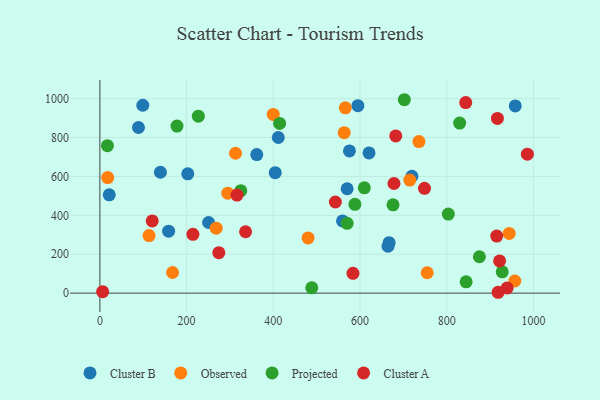
{"axis": {"x": "Investment", "y": "Rating"}, "legend": ["Cluster A", "Cluster B", "Observed", "Projected"], "data": [{"x": "411.5", "y": 800.1, "type": "Cluster B"}, {"x": "575.6", "y": 730.9, "type": "Cluster B"}, {"x": "139.6", "y": 621.4, "type": "Cluster B"}, {"x": "664.6", "y": 241.0, "type": "Cluster B"}, {"x": "158.5", "y": 318.6, "type": "Cluster B"}, {"x": "570.3", "y": 536.7, "type": "Cluster B"}, {"x": "250.7", "y": 363.2, "type": "Cluster B"}, {"x": "404.4", "y": 619.4, "type": "Cluster B"}, {"x": "667.1", "y": 259.6, "type": "Cluster B"}, {"x": "361.8", "y": 712.5, "type": "Cluster B"}, {"x": "21.6", "y": 505.6, "type": "Cluster B"}, {"x": "958.0", "y": 962.7, "type": "Cluster B"}, {"x": "719.7", "y": 601.0, "type": "Cluster B"}, {"x": "620.7", "y": 721.0, "type": "Cluster B"}, {"x": "99.0", "y": 965.9, "type": "Cluster B"}, {"x": "202.7", "y": 613.3, "type": "Cluster B"}, {"x": "595.1", "y": 964.0, "type": "Cluster B"}, {"x": "559.6", "y": 371.0, "type": "Cluster B"}, {"x": "89.0", "y": 851.6, "type": "Cluster B"}, {"x": "480.2", "y": 284.0, "type": "Observed"}, {"x": "566.1", "y": 952.8, "type": "Observed"}, {"x": "295.0", "y": 514.1, "type": "Observed"}, {"x": "312.8", "y": 719.2, "type": "Observed"}, {"x": "714.8", "y": 581.4, "type": "Observed"}, {"x": "399.8", "y": 918.8, "type": "Observed"}, {"x": "113.4", "y": 295.9, "type": "Observed"}, {"x": "167.6", "y": 106.2, "type": "Observed"}, {"x": "735.9", "y": 779.1, "type": "Observed"}, {"x": "944.1", "y": 307.0, "type": "Observed"}, {"x": "18.0", "y": 594.1, "type": "Observed"}, {"x": "563.5", "y": 825.0, "type": "Observed"}, {"x": "268.2", "y": 333.9, "type": "Observed"}, {"x": "957.0", "y": 62.3, "type": "Observed"}, {"x": "755.0", "y": 104.7, "type": "Observed"}, {"x": "928.0", "y": 109.8, "type": "Projected"}, {"x": "588.2", "y": 456.7, "type": "Projected"}, {"x": "17.4", "y": 758.1, "type": "Projected"}, {"x": "227.1", "y": 910.0, "type": "Projected"}, {"x": "676.1", "y": 454.2, "type": "Projected"}, {"x": "570.3", "y": 358.8, "type": "Projected"}, {"x": "875.4", "y": 187.1, "type": "Projected"}, {"x": "702.2", "y": 994.4, "type": "Projected"}, {"x": "609.9", "y": 541.4, "type": "Projected"}, {"x": "324.9", "y": 526.9, "type": "Projected"}, {"x": "829.8", "y": 874.4, "type": "Projected"}, {"x": "844.7", "y": 58.1, "type": "Projected"}, {"x": "177.8", "y": 859.0, "type": "Projected"}, {"x": "414.5", "y": 872.8, "type": "Projected"}, {"x": "488.7", "y": 27.2, "type": "Projected"}, {"x": "803.6", "y": 406.4, "type": "Projected"}, {"x": "6.3", "y": 7.6, "type": "Cluster A"}, {"x": "986.0", "y": 714.4, "type": "Cluster A"}, {"x": "921.9", "y": 165.7, "type": "Cluster A"}, {"x": "120.7", "y": 371.5, "type": "Cluster A"}, {"x": "748.7", "y": 539.0, "type": "Cluster A"}, {"x": "682.4", "y": 808.4, "type": "Cluster A"}, {"x": "336.0", "y": 315.5, "type": "Cluster A"}, {"x": "915.3", "y": 293.2, "type": "Cluster A"}, {"x": "843.8", "y": 979.9, "type": "Cluster A"}, {"x": "543.1", "y": 468.6, "type": "Cluster A"}, {"x": "316.2", "y": 504.0, "type": "Cluster A"}, {"x": "214.6", "y": 302.1, "type": "Cluster A"}, {"x": "918.5", "y": 4.4, "type": "Cluster A"}, {"x": "274.3", "y": 208.0, "type": "Cluster A"}, {"x": "916.9", "y": 898.0, "type": "Cluster A"}, {"x": "939.4", "y": 26.7, "type": "Cluster A"}, {"x": "583.7", "y": 101.7, "type": "Cluster A"}, {"x": "678.3", "y": 563.6, "type": "Cluster A"}]}